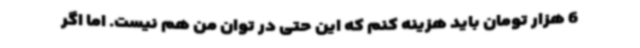
6 هزار تومان باید هزینه کنم که این حتی در توان من هم نیست. اما اگر